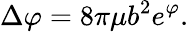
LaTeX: \Delta\varphi=8\pi\mu b^{2}e^{\varphi}.